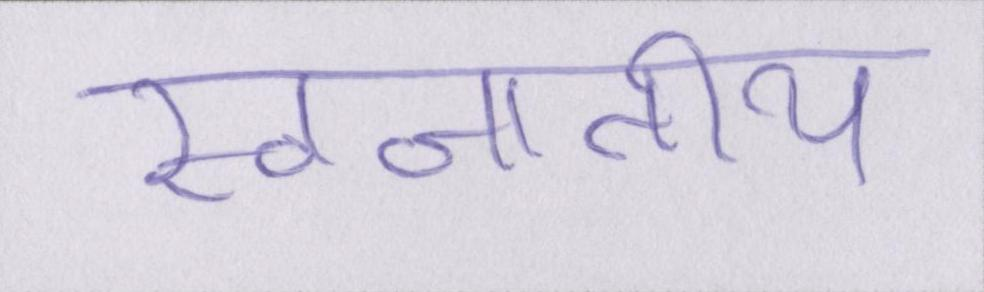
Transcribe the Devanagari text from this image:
स्वजातीय